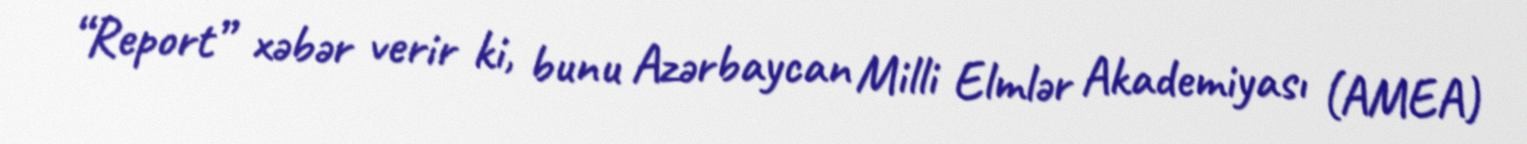
“Report” xəbər verir ki, bunu Azərbaycan Milli Elmlər Akademiyası (AMEA)